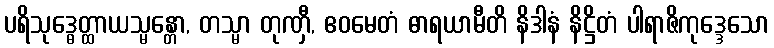
ပရိသုဒ္ဓေတ္ထာယသ္မန္တော, တသ္မာ တုဏှီ, ဧဝမေတံ ဓာရယာမီတိ နိဒါနံ နိဋ္ဌိတံ ပါရာဇိကုဒ္ဒေသော